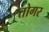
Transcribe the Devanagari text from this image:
तोगर